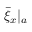
{ \bar { \xi } _ { x } } | _ { a }